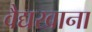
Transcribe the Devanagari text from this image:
वैद्यखाना